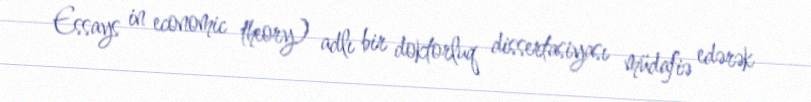
Essays in economic theory) adlı bir doktorluq dissertasiyası müdafiə edərək